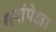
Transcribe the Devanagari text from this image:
गरांपेक्षा